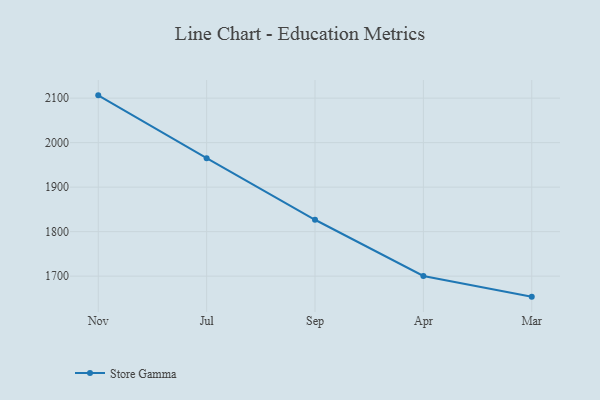
{"axis": {"x": "Month", "y": "Net Income (USD K)"}, "legend": ["Store Gamma"], "data": [{"x": "Nov", "y": 2106.3, "type": "Store Gamma"}, {"x": "Jul", "y": 1965.2, "type": "Store Gamma"}, {"x": "Sep", "y": 1826.7, "type": "Store Gamma"}, {"x": "Apr", "y": 1700.3, "type": "Store Gamma"}, {"x": "Mar", "y": 1653.9, "type": "Store Gamma"}]}